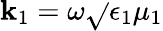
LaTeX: \mathbf{k}_{1}=\omega\sqrt{}{{\epsilon_{1}\mu_{1}}}